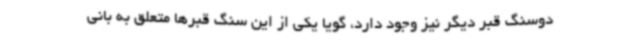
دوسنگ قبر دیگر نیز وجود دارد، گویا یکی از این سنگ قبرها متعلق به بانی